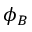
\phi _ { B }